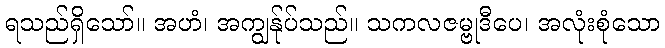
ရသည်ရှိသော်။ အဟံ၊ အကျွန်ုပ်သည်။ သကလဇမ္ဗုဒီပေ၊ အလုံးစုံသော